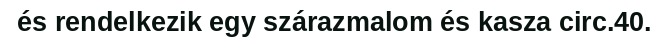
és rendelkezik egy szárazmalom és kasza circ.40.